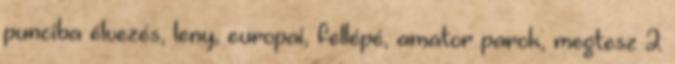
punciba élvezés, leny, europai, fellépé, amator parok, megtesz 2